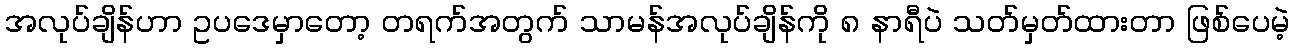
အလုပ်ချိန်ဟာ ဥပဒေမှာတော့ တရက်အတွက် သာမန်အလုပ်ချိန်ကို ၈ နာရီပဲ သတ်မှတ်ထားတာ ဖြစ်ပေမဲ့